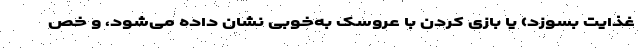
غذایت بسوزد) یا بازی کردن با عروسک به‌خوبی نشان داده می‌شود، و خص